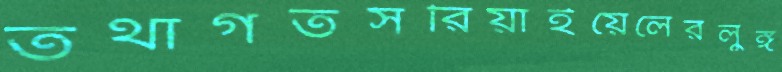
তথাগতসরিয়াইয়েলেরলুঙ্গ